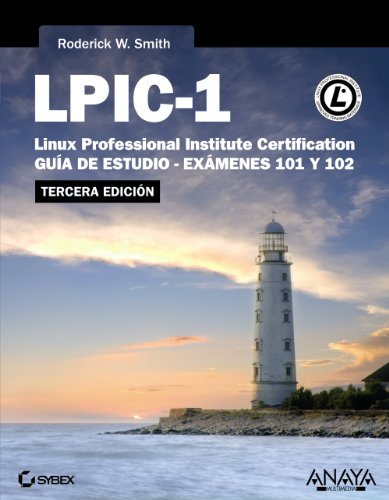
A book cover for LPIC-1 Linux Professional Institute Certification: GuÃ­a de estudio-exÃ¡menes 101 y 102 / Study Guide-exams 101 and 102 (Spanish Edition); Roderick W. Smith; Computers & Technology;